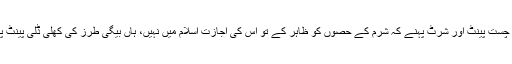
اب اگر کوئی اتنی چست پینٹ اور شرٹ پہنے کہ شرم کے حصوں کو ظاہر کے تو اس کی اجازت اسلام میں نہیں، ہاں بیگی طرز کی کھلی ڈلی پینٹ پہنی جا سکتی ہیں۔